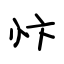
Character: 忭